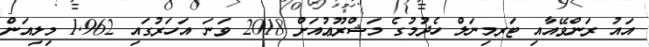
އައު ރަންވޭއާއި ޓަރމިނަލް ހެދުމުގެ މަޝްރޫޢުއަށް 2018 ވަނަ އަހަރުގައި 1